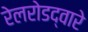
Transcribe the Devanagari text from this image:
रेलरोडद्वारे